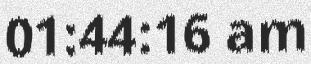
01:44:16 am